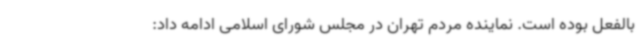
بالفعل بوده است. نماینده مردم تهران در مجلس شورای اسلامی ادامه داد: